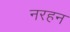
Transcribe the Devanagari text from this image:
नरहन